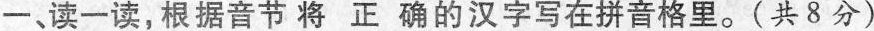
一、读一读，根据音节将正确的汉字写在拼音格里。（共8分）